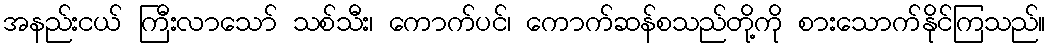
အနည်းငယ် ကြီးလာသော် သစ်သီး၊ ကောက်ပင်၊ ကောက်ဆန်စသည်တို့ကို စားသောက်နိုင်ကြသည်။